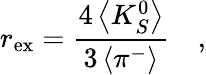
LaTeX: r_{\mathrm{ex}}=\frac{4\left<K_{S}^{0}\right>}{3\left<\pi^{-}\right>}\quad,